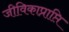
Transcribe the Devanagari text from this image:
जीविकाप्राप्ति